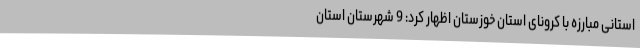
استانی مبارزه با کرونای استان خوزستان اظهار کرد: 9 شهرستان استان